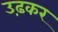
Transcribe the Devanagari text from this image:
उढ़कर